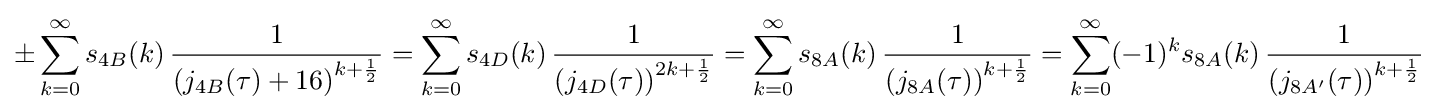
\pm \sum _{k=0}^{\infty }s_{4B}(k)\,{\frac {1}{\left(j_{4B}(\tau )+16\right)^{k+{\frac {1}{2}}}}}=\sum _{k=0}^{\infty }s_{4D}(k)\,{\frac {1}{\left(j_{4D}(\tau )\right)^{2k+{\frac {1}{2}}}}}=\sum _{k=0}^{\infty }s_{8A}(k)\,{\frac {1}{\left(j_{8A}(\tau )\right)^{k+{\frac {1}{2}}}}}=\sum _{k=0}^{\infty }(-1)^{k}s_{8A}(k)\,{\frac {1}{\left(j_{8A'}(\tau )\right)^{k+{\frac {1}{2}}}}}